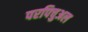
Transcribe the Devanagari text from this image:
परपिचुअल